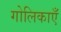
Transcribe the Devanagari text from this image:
गोलिकाएँ